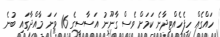
ހައްގެއް ހިފެހެއްޓިދާނެ ކަމަށް ވެސް ގާނޫނު އަސާސީގެ 16 ވަނަ މާއްދާގައި ބުނެ